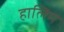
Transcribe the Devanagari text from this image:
हालिम